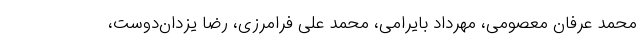
محمد عرفان معصومی، مهرداد بایرامی، محمد علی فرامرزی، رضا یزدان‌دوست،